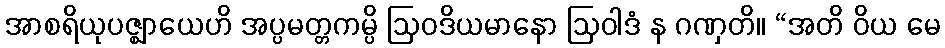
အာစရိယုပဇ္ဈာယေဟိ အပ္ပမတ္တကမ္ပိ ဩဝဒိယမာနော ဩဝါဒံ န ဂဏှတိ။ “အတိ ဝိယ မေ